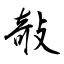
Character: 敧